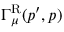
\Gamma _ { \mu } ^ { \mathrm { R } } ( p ^ { \prime } , p )